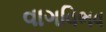
વાગવિભવ